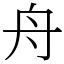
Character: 舟